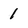
Character: 1